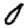
Digit: 0